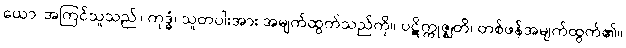
ယော၊ အကြင်သူသည်။ ကုဒ္ဓံ၊ သူတပါးအား အမျက်ထွက်သည်ကို။ ပဋိက္ကုဇ္ဈတိ၊ တစ်ဖန်အမျက်ထွက်၏။